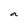
Character: a